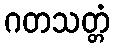
ဂတသတ္တံ